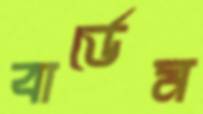
বার্ডেম